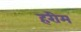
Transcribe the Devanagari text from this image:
हरीम